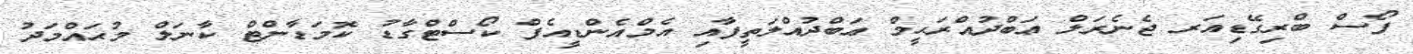
ފޯސް ބްރިގޭޑިއަރ ޖެނެރަލް ޢަބްދުއްރަޙީމް ޢަބްދުއްލަތީފާއި އެމްއެންޑީއެފް ކޯސްޓްގާޑު ކޮމަޑާންޓް ކާނަލް މުޙައްމަދު